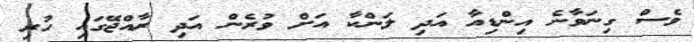
ވެސް ގިނަވާނެ އިންޑިއާ އަދި ލަންކާ އަށް ވުރެން އަދި ރާއްޖޭގައި ހުރި